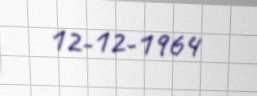
12-12-1964